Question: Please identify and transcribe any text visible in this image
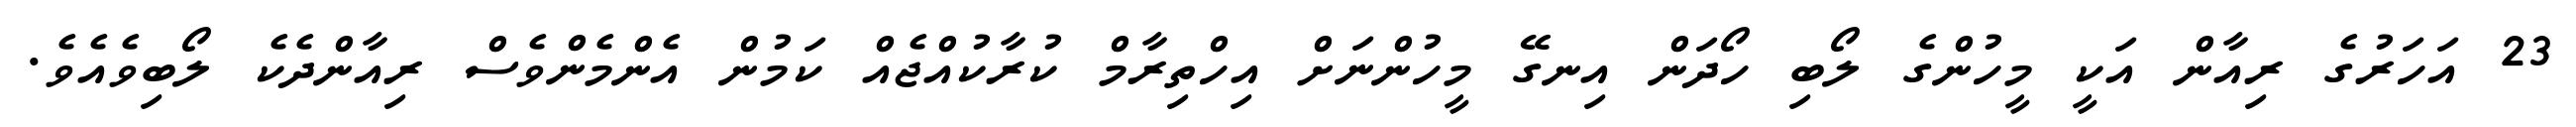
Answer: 23 އަހަރުގެ ރިއާން އަކީ މީހުންގެ ލޯބި ހޯދަން އިނގޭ މީހުންނަށް އިހްތިރާމް ކުރާކުއްޖެއް ކަމުން އެންމެންވެސް ރިއާންދެކެ ލޯބިވެއެވެ.